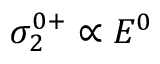
\sigma _ { 2 } ^ { 0 + } \propto E ^ { 0 }